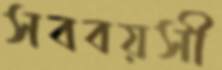
সববয়সী